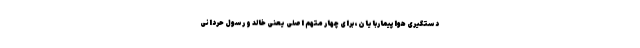
دستگیری هواپیماربایان، برای چهار متهم اصلی یعنی خالد و رسول حردانی